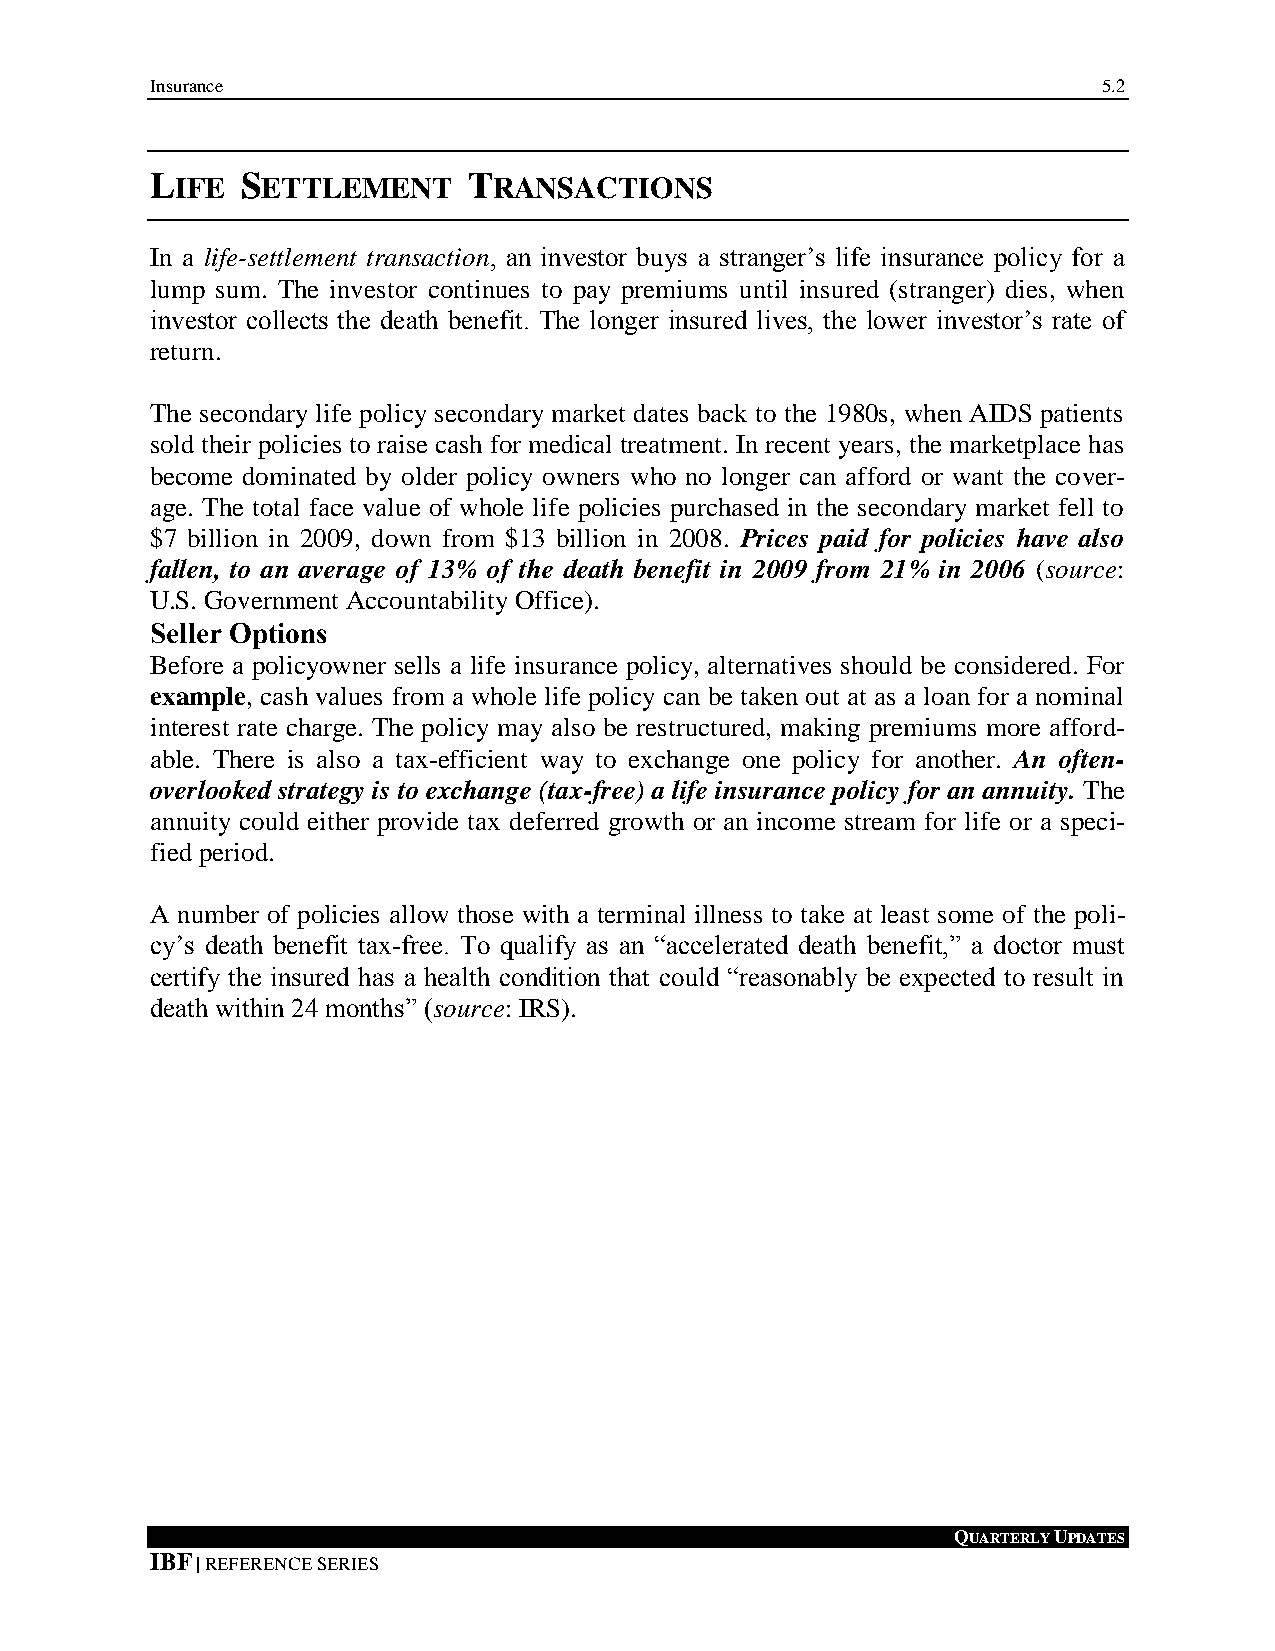
Insurance                                                      5.2
 LIFE  SETTLEMENT     TRANSACTIONS
 In a life-settlement transaction, an investor buys a stranger’s life insurance policy for a
 lump sum. The investor continues to pay premiums until insured (stranger) dies, when
 investor collects the death benefit. The longer insured lives, the lower investor’s rate of
 return.
 The secondary life policy secondary market dates back to the 1980s, when AIDS patients
 sold their policies to raise cash for medical treatment. In recent years, the marketplace has
 become dominated by older policy owners who no longer can afford or want the cover-
 age. The total face value of whole life policies purchased in the secondary market fell to
 $7 billion in 2009, down from $13 billion in 2008. Prices paid for policies have also
 fallen, to an average of 13% of the death benefit in 2009 from 21% in 2006 (source:
 U.S. Government Accountability Office).
 Seller Options
 Before a policyowner sells a life insurance policy, alternatives should be considered. For
 example, cash values from a whole life policy can be taken out at as a loan for a nominal
 interest rate charge. The policy may also be restructured, making premiums more afford-
 able. There is also a tax-efficient way to exchange one policy for another. An often-
 overlooked strategy is to exchange (tax-free) a life insurance policy for an annuity. The
 annuity could either provide tax deferred growth or an income stream for life or a speci-
 fied period.
 A number of policies allow those with a terminal illness to take at least some of the poli-
 cy’s death benefit tax-free. To qualify as an “accelerated death benefit,” a doctor must
 certify the insured has a health condition that could “reasonably be expected to result in
 death within 24 months” (source: IRS).
 QUARTERLY UPDATES
 IBF | REFERENCE SERIES